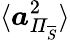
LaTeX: \langle\boldsymbol{a}_{\mathit{\Pi}_{\overline{{S}}}}^{2}\rangle